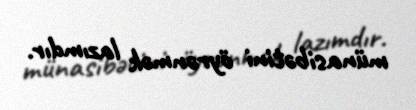
münasibətini öyrənmək lazımdır.